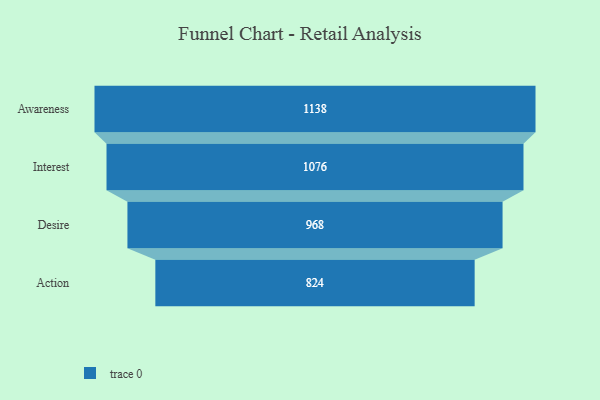
{"axis": {"x": "Stage", "y": "Value"}, "legend": [""], "data": [{"x": "Awareness", "y": 1138.0, "type": ""}, {"x": "Interest", "y": 1076.0, "type": ""}, {"x": "Desire", "y": 968.0, "type": ""}, {"x": "Action", "y": 824.0, "type": ""}]}